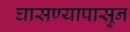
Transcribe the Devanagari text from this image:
घासण्यापासुन